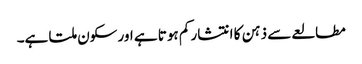
مطالعے سے ذہن کا انتشار کم ہوتا ہے اور سکون ملتا ہے۔